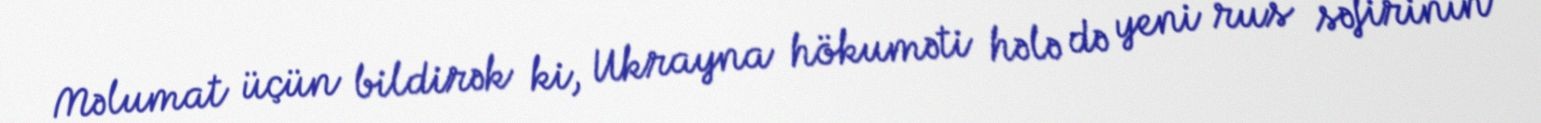
Məlumat üçün bildirək ki, Ukrayna hökuməti hələ də yeni rus səfirinin